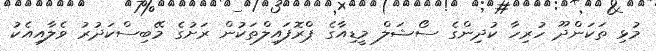
މުޅި ތަކަންދޫ ހުރިހާ ކުދިންގެ ސޯޝަލް މީޑިއާގެ ޕްރޮފައިލްތަކުން ރަށުގެ މޭބިސްކަދުރު ވެލާއިއެކު